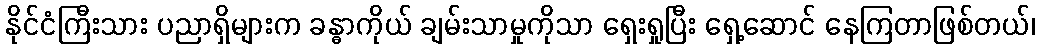
နိုင်ငံကြီးသား ပညာရှိများက ခန္ဓာကိုယ် ချမ်းသာမှုကိုသာ ရှေးရှုပြီး ရှေ့ဆောင် နေကြတာဖြစ်တယ်၊